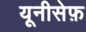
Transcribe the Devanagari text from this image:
यूनीसेफ़